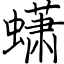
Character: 蟏